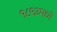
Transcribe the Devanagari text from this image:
१८९३मध्ये